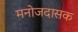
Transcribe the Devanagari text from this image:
मनोजदासक